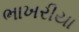
ભાખરીયા